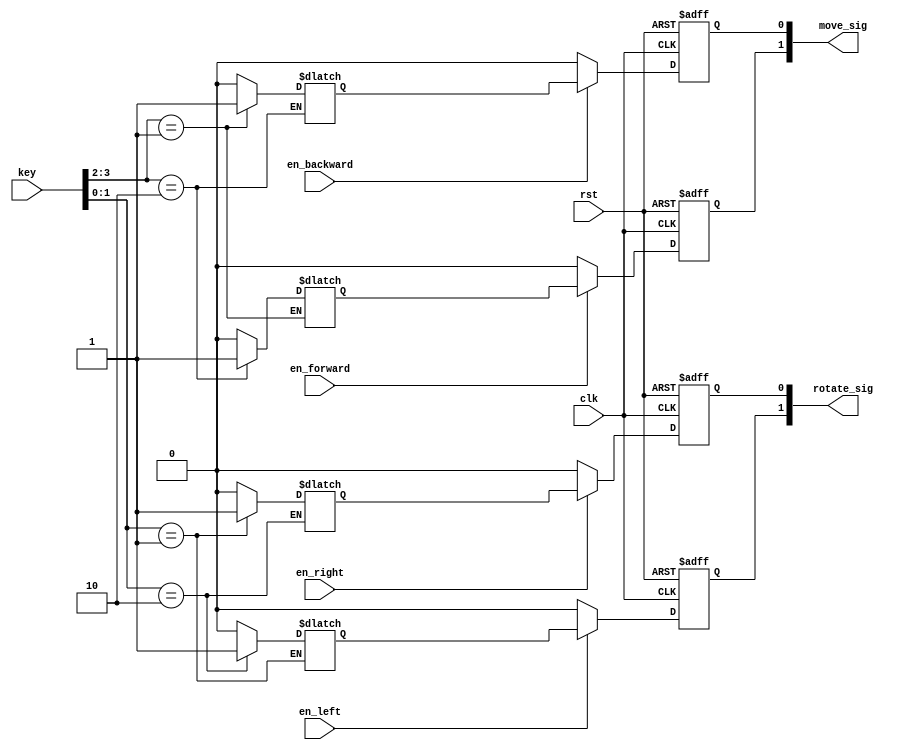
`timescale 1ns / 1ps
//////////////////////////////////////////////////////////////////////////////////
// Company: 
// Engineer: 
// 
// Design Name: 
// Module Name:    control_host 
// Project Name: 
// Target Devices: 
// Tool versions: 
// Description: 
//
// Dependencies: 
//
// Revision: 
// Revision 0.01 - File Created
// Additional Comments: 
//
//////////////////////////////////////////////////////////////////////////////////
module control_host(
    input clk,
    input rst,
    input [3:0]key,
    input en_left,
    input en_right,
    input en_forward,
    input en_backward,
    output reg[1:0] rotate_sig,
    output reg[1:0] move_sig
);
    reg [1:0] rotate;
    reg [1:0] move;

    always @(key[1:0])begin
        case(key[1:0])
            // l
            2'b10: rotate[1] = 1'b1;
            // r
            2'b01: rotate[0] = 1'b1;
            default:begin
                rotate = 2'b0;
            end
        endcase
    end

    always @(key[3:2])begin
        case(key[3:2])
            // b
            2'b01: move[0] = 1'b1;
            // f
            2'b10: move[1] = 1'b1;
            default:begin
                move = 2'b0;
            end
        endcase
    end

    always @(posedge clk or negedge rst)begin
        if(!rst)begin
            rotate_sig[1] <= 1'b0;
        end
        else if(en_left)begin
            rotate_sig[1] <= rotate[1];
        end
        else begin
            rotate_sig[1] <= 1'b0;
        end
    end

    always @(posedge clk or negedge rst)begin
        if(!rst)begin
            rotate_sig[0] <= 1'b0;
        end
        else if(en_right)begin
            rotate_sig[0] <= rotate[0];
        end
        else begin
            rotate_sig[0] <= 1'b0;
        end
    end

    always @(posedge clk or negedge rst)begin
        if(!rst)begin
            move_sig[1] <= 1'b0;
        end
        else if(en_forward)begin
            move_sig[1] <= move[1];
        end
        else begin
            move_sig[1] <= 1'b0;
        end
    end

    always @(posedge clk or negedge rst)begin
       if(!rst)begin
            move_sig[0] <= 1'b0;
        end
        else if(en_backward)begin
            move_sig[0] <= move[0];
        end
        else begin
            move_sig[0] <= 1'b0;
        end
    end

endmodule